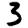
Digit: 3